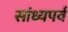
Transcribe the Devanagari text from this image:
सांध्यपर्व